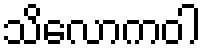
သိလောကဝါ